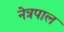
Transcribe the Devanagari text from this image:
नेत्रपाल